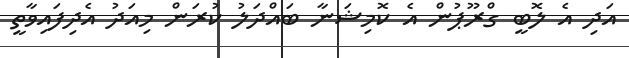
އަދި އެ ލޮބީ ގްރޫޕުން އެ ކޮމިޝަނާ ބައްދަލު ކުރަން މިއަދު އެދިފައިވާތީ